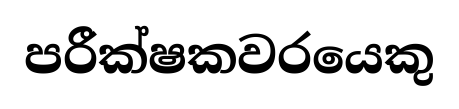
පරීක්ෂකවරයෙකු